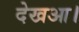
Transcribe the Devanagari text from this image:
देखआ।